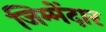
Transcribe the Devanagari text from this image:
जिम्मेंदार